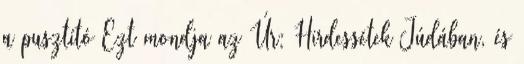
a pusztító Ezt mondja az Úr: Hirdessétek Júdában, és